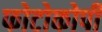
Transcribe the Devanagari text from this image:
फोटोकोपी